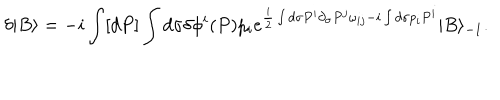
LaTeX: \delta | B \rangle = - i \int [ d P ] \int d \sigma \delta \phi ^ { i } ( P ) p _ { i } e ^ { \frac { i } { 2 } \int d \sigma P ^ { i } \partial _ { \sigma } P ^ { j } \omega _ { i j } - i \int d \sigma p _ { i } P ^ { i } } | B \rangle _ { - 1 } .